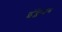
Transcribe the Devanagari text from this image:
इंक्जेशन